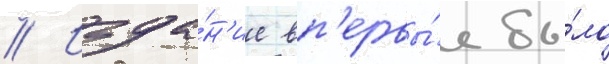
// Изда́н'ие вп'ервы́е бы́ло